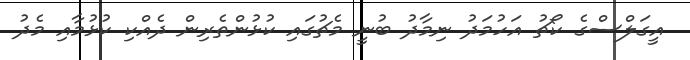
އީގަލްސްގެ ކޯޗު އަހުމަދު ނިމާދު ބުނީ މެޗުގައި ކުޅުންތެރިން ދެއްކި ކުޅުމާއި މެދު